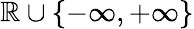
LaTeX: \mathbb{R}\cup\{ -\infty,+\infty\}